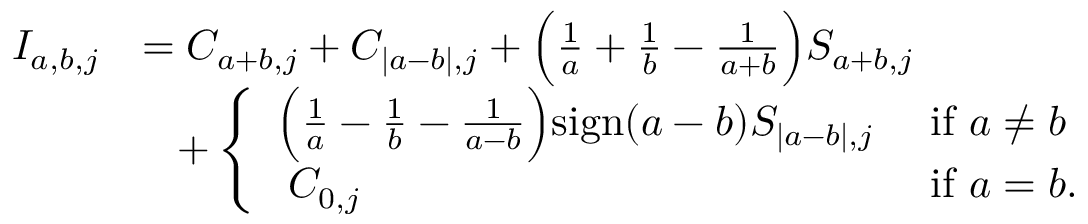
\begin{array} { r l } { I _ { a , b , j } } & { = C _ { a + b , j } + C _ { | a - b | , j } + \Bigl ( \frac { 1 } { a } + \frac { 1 } { b } - \frac { 1 } { a + b } \Bigr ) S _ { a + b , j } } \\ & { \; \; \; + \left\{ \begin{array} { l l } { \Bigl ( \frac { 1 } { a } - \frac { 1 } { b } - \frac { 1 } { a - b } \Bigr ) \mathrm { s i g n } ( a - b ) S _ { | a - b | , j } } & { \mathrm { ~ i f ~ } a \neq b } \\ { \; C _ { 0 , j } } & { \mathrm { ~ i f ~ } a = b . } \end{array} \right. } \end{array}